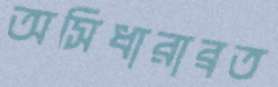
অসিধারাব্রত